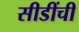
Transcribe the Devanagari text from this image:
सीडींची